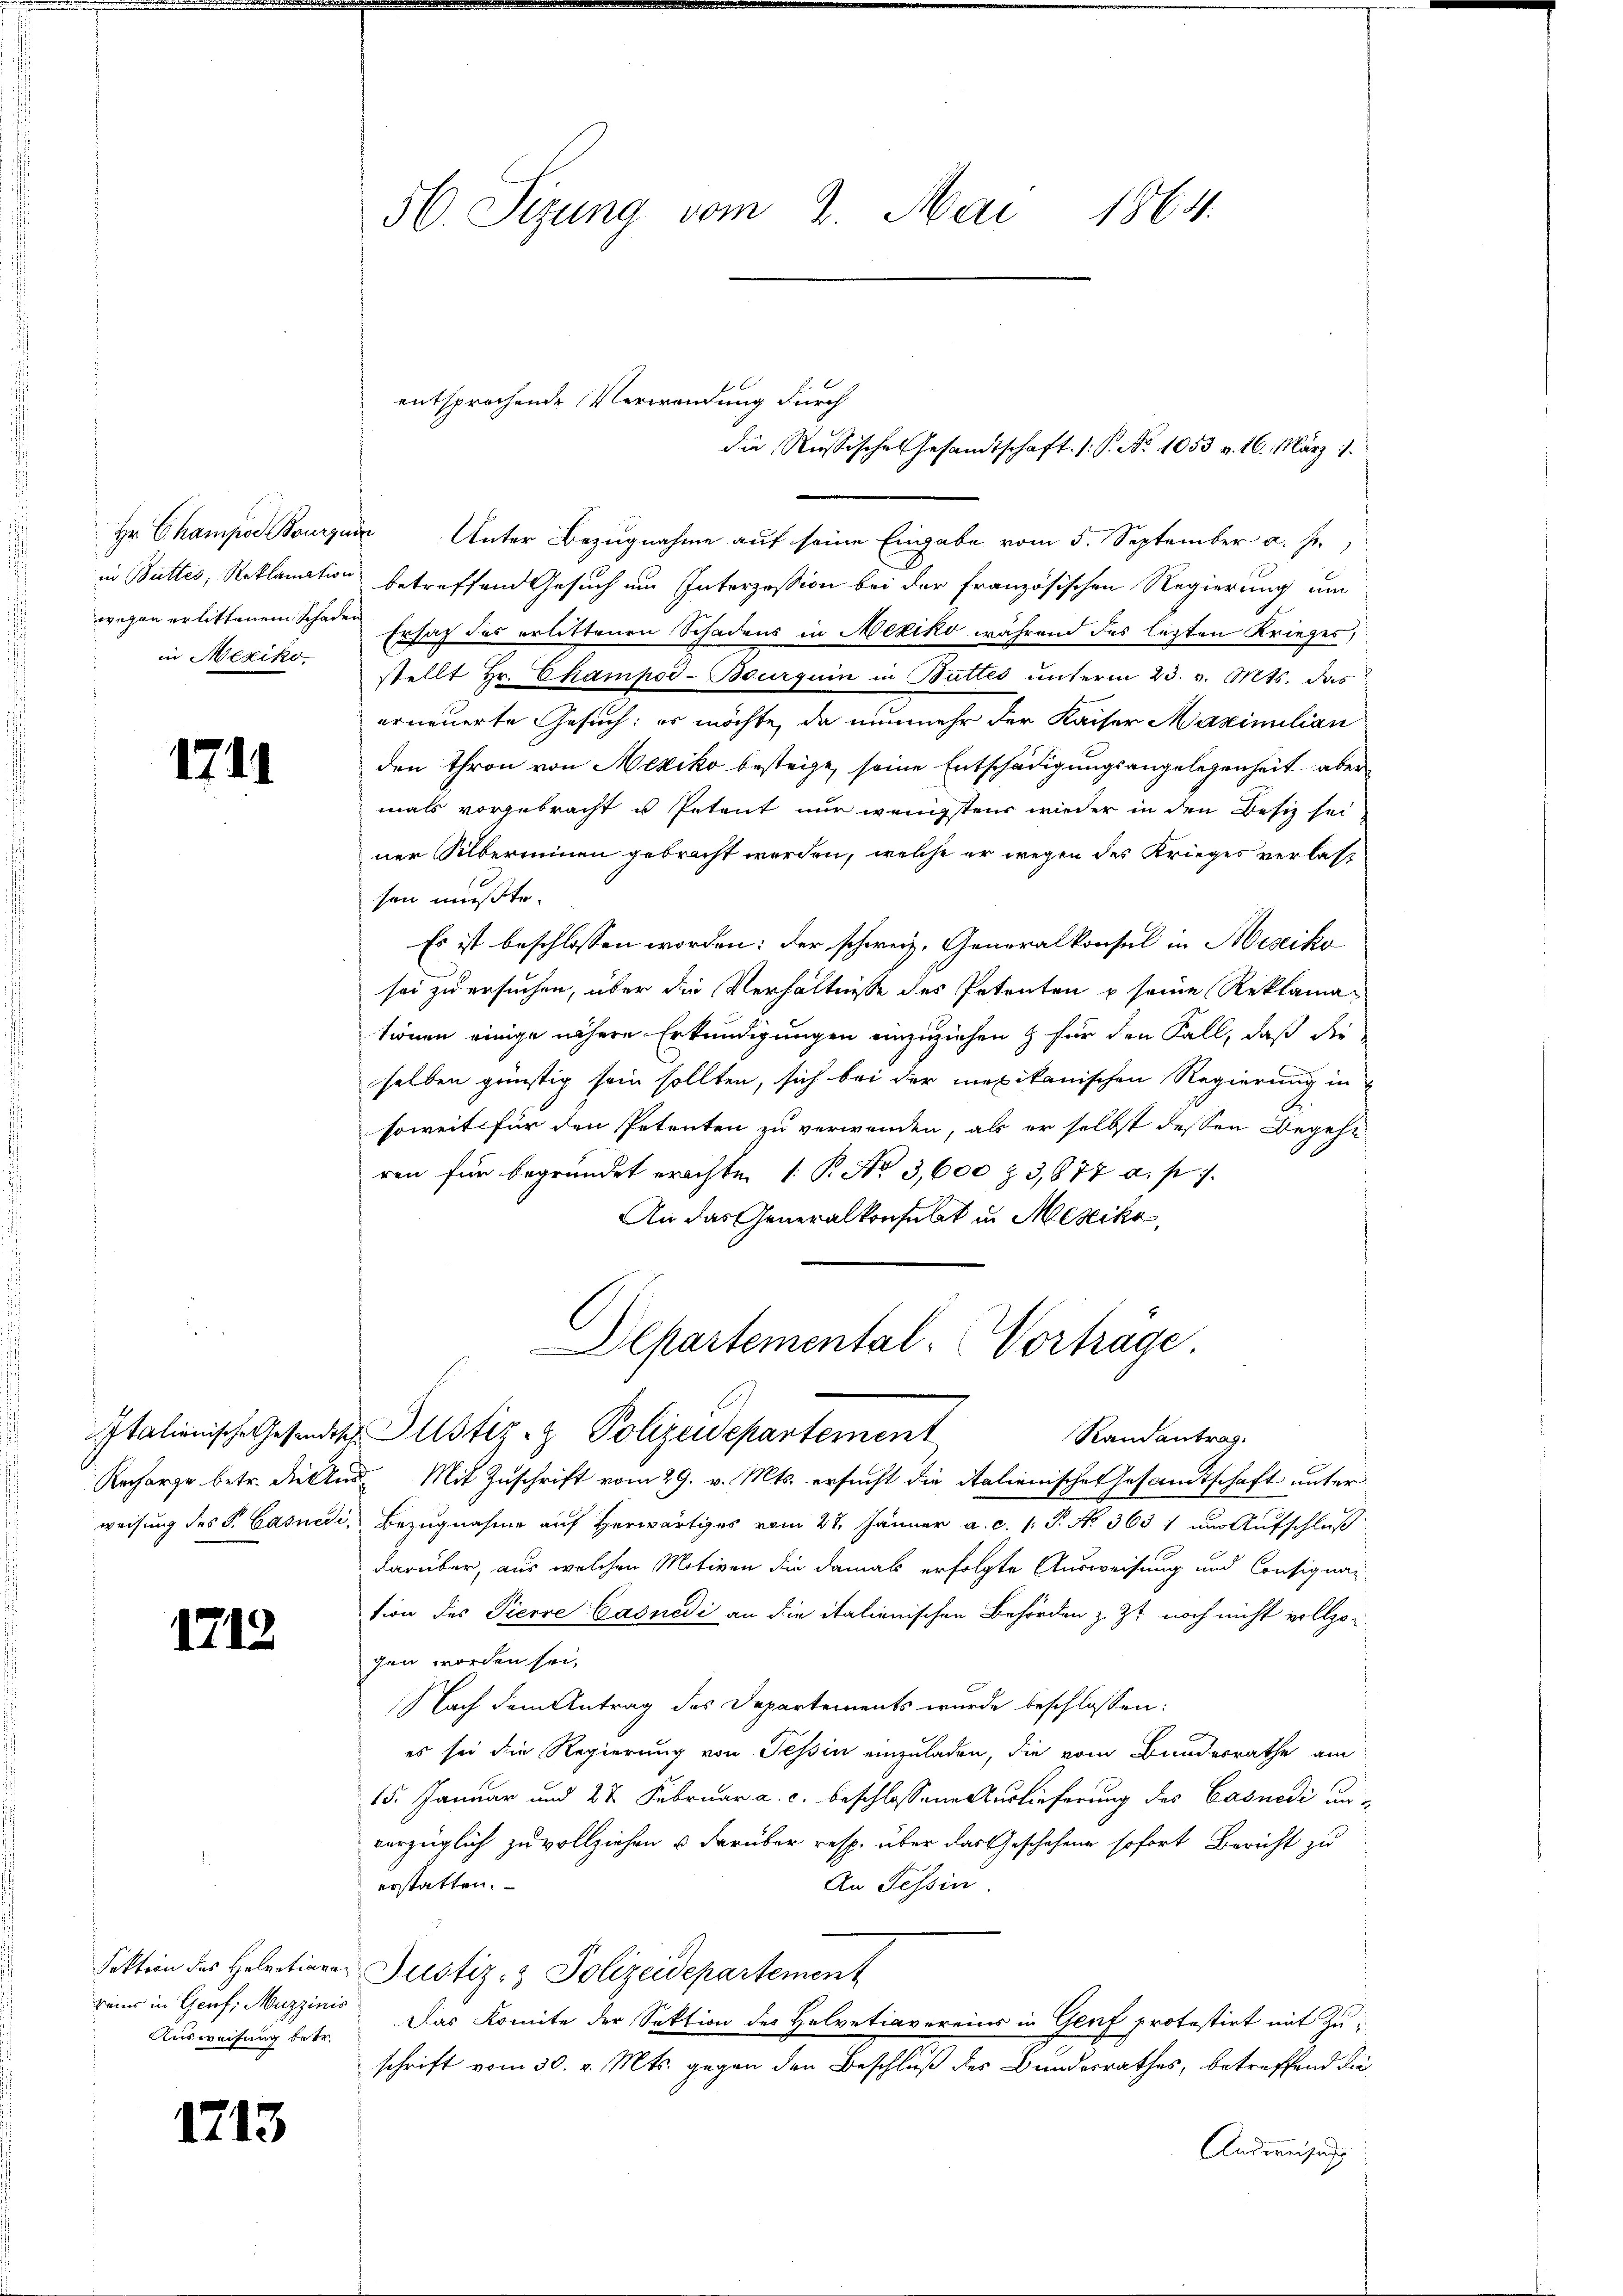
in Mexiko

1211

1719

reier in Genf; Muzzinis
Ausweisung betr.

1213

56. Sizung vom 2. Mai 1864.

Hr. Champod. Bourquin Unter Bezugnahme auf seine Eingabe vom 5. September a. f.,
in Buttes, Reklamation betreffend Gesuch um Interzession bei der französischen Regierung um
wegen erlittenem Schaden Ersatz des erlittenen Schadens in Mexiko während des lezten Krieges,
stellt Hr. Champoi-Bourguin in Buttes unterm 23. v. Mts. das
erneuerte Gesuch: es möchte, da nunmehr der Kaiser Maximilian
den thron von Mexiko besteige, seine Entschädigungsangelegenheit aber
mals vorgebracht u. Petent nur wenigstens wieder in den Besiz sei
ner Silberinnen gebracht werden, welche er wegen des Krieges verlas
sen musste.
Es ist beschlossen worden: der schweiz. Generalkonsul in Beseiko
sei zu ersuchen, über die Verhältnisse des Petenten u seine Reklamationen einige nähere Erkundigungen einzuziehen & für den Fall, daß die
selben günstig sein sollten, sich bei der mexikanischen Regierung in
soweit für den Petenten zu verwenden, als er selbst dessen Begehe
ren für begründet erachte. 1: P. No 3,600 & 3,877 a. p. 1
An das Generalkonsulat in Mesiko
Departemental- Vorträge
Italienische Gesandts Justiz- & Polizeidepartement
Randantrag.
Recharge betr. die And. Mit Zuschrift vom 29. v. Mts. ersucht die italienisches Gesamtschaft unterweisung des P. Casnedi, Bezugnahme auf Herwärtiges vom 27. Jänner a. c. 1: P. N. 3631 um Aufschluß
darüber, aus welchen Motiven die damals erfolgte Ausweisung und Consigna-
tion des Pierre-Casnedi an die italienischen Behörden z. Zt. noch nicht vollzo-
gen worden sei,
Nach dem Antrag des Departements wurde beschlossen:
es sei die Regierung von Tessin einzuladen, die vom Bundesrathe am
15. Januar und 22 Februar a. c. beschlossene Auslieferung des Casnedi unverzüglich zu vollziehen u darüber resp. über das Geschehene sofort Bericht zu
erstatten.
An Tessin.
Fektion des Helvetianer Justiz- & Polizeidepartement
Das Komite der Sektion des Helvetiavereins in Genf protestirt mit Zuschrift vom 30. v. Mts. gegen den Beschluß des Bundesrathes, betreffend die
Ausweise

entsprechende Verwendung durch

die Russisches Gesandtschaft s. S. No 1053 v. 16. März 1